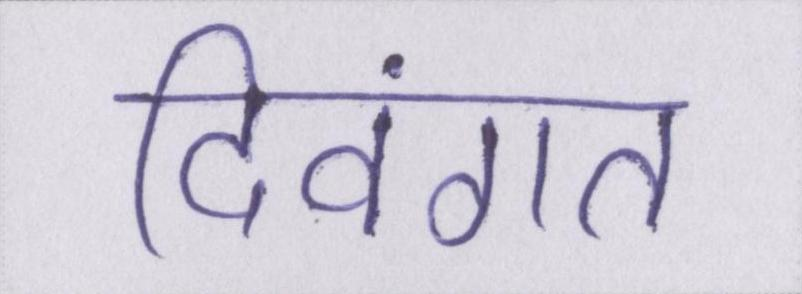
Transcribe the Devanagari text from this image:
दिवंगत